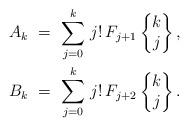
LaTeX: \begin{align*} A_k \ &= \ \sum_{j=0}^{k} \, j! \, F_{j+1} \begin{Bmatrix}k \\ j \end{Bmatrix}, \\ B_k \ &= \ \sum_{j=0}^{k} \, j! \, F_{j+2} \begin{Bmatrix}k \\ j \end{Bmatrix}. \end{align*}